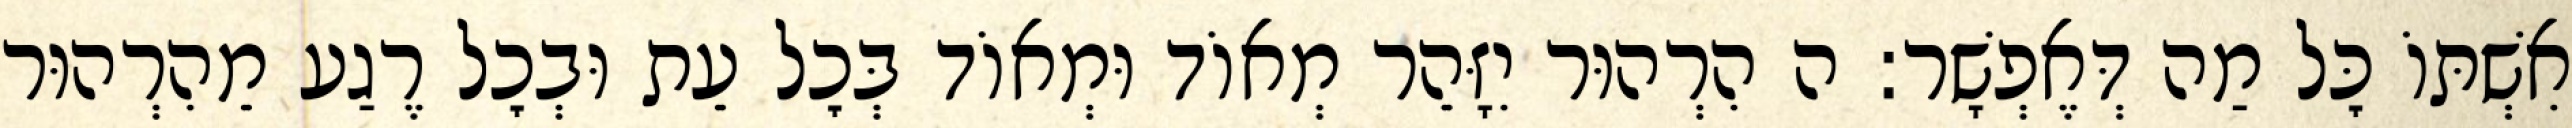
אִשְׁתּוֹ כׇּל מַה דְּאֶפְשָׁר: ה הִרְהוּר יִזָּהֵר מְאוֹד וּמְאוֹד בְּכׇל עֵת וּבְכׇל רֶגַע מֵהִרְהוּר